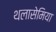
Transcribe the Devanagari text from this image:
थलासेमिया